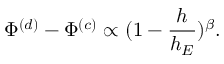
\Phi ^ { ( d ) } - \Phi ^ { ( c ) } \propto ( 1 - \frac { h } { h _ { E } } ) ^ { \beta } .